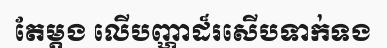
តែម្តង លើបញ្ហាដ៏រសើបទាក់ទង